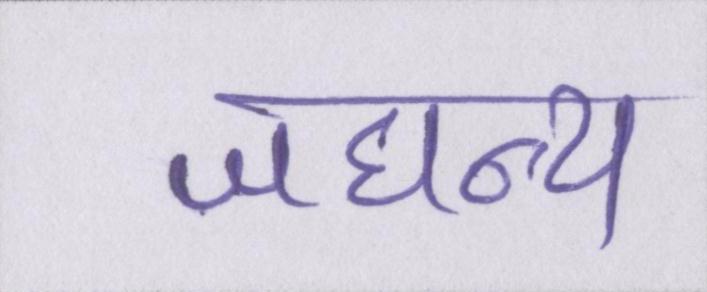
जघन्य